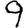
Digit: 9